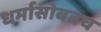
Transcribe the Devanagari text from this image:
धर्मासोबतच